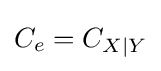
C_{e}=C_{X|Y}